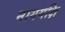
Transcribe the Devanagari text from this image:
नागयक्षि